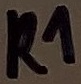
Text: R1